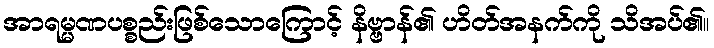
အာရမ္မဏပစ္စည်းဖြစ်သောကြောင့် နိဗ္ဗာန်၏ ဟိတ်အနက်ကို သိအပ်၏။